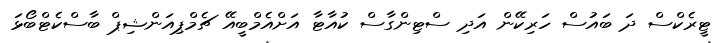
ޓީރެކްސް ދަ ބައުސް ހަރިކޭން އަދި ސްޓިންގާސް ކުއާޓާ އަށްއެމްބީއޭ ޗެމްޕިއަންޝިޕް ބާސްކެޓްބޯޅަ